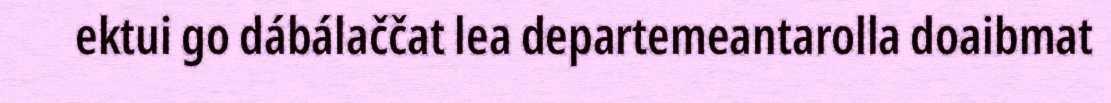
ektui go dábálaččat lea departemeantarolla doaibmat